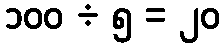
၁၀၀ ÷ ၅ = ၂၀